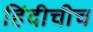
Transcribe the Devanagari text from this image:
हिंदीचीच